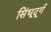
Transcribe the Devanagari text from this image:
सिंधूदूर्ग